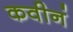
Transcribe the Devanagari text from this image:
कवीनं